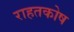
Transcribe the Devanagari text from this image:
राहतकोष